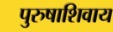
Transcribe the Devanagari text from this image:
पुरुषाशिवाय